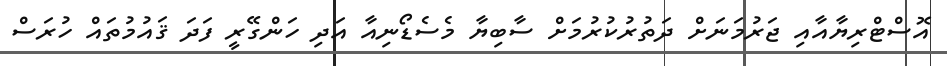
އޮސްޓްރިޔާއާއި ޖަރުމަނަށް ދަތުރުކުރުމަށް ސާބިޔާ މެސެޑޯނިއާ އަދި ހަންގޭރީ ފަދަ ޤައުމުތައް ހުރަސް